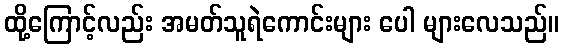
ထို့ကြောင့်လည်း အမတ်သူရဲကောင်းများ ပေါ များလေသည်။